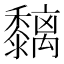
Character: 黐